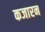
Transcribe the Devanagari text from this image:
कजारन